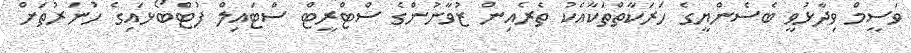
ވަސީމް ވިދާޅުވީ ބެސެންޔީގެ ހަރަކާތްތަކާއެކު ތެރެއިން ޒުވާނުންގެ ސްޓްރީޓް ސްޓައިލް ފުޓްބޯޅައިގެ ހުނަރުތަށް